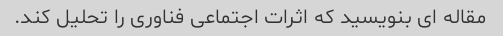
مقاله ای بنویسید که اثرات اجتماعی فناوری را تحلیل کند.